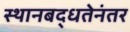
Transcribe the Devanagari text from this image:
स्थानबद्धतेनंतर